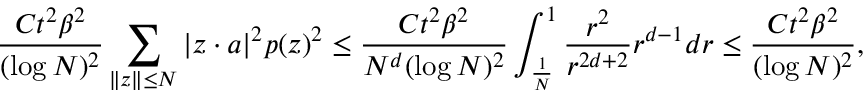
\frac { C t ^ { 2 } \beta ^ { 2 } } { ( \log N ) ^ { 2 } } \sum _ { \| z \| \leq N } | z \cdot a | ^ { 2 } p ( z ) ^ { 2 } \leq \frac { C t ^ { 2 } \beta ^ { 2 } } { N ^ { d } ( \log N ) ^ { 2 } } \int _ { \frac { 1 } { N } } ^ { 1 } \frac { r ^ { 2 } } { r ^ { 2 d + 2 } } r ^ { d - 1 } d r \leq \frac { C t ^ { 2 } \beta ^ { 2 } } { ( \log N ) ^ { 2 } } ,